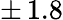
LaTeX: \pm\, 1.8